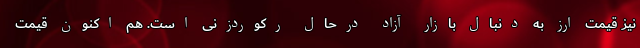
نیز قیمت ارز به دنبال بازار آزاد درحال رکوردزنی است. هم اکنون قیمت